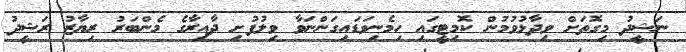
ނަޝީދު މިގޮތަށް ވިދާޅުވުމުން ކޮމިޓީގައި ހިމެނިވަޑައިގަންނަވާ ވިލުފުށި ދާއިރާގެ މެންބަރު ރިޔާޒު ރަޝީދު